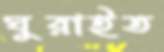
ঘুরাইত